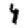
Digit: 4